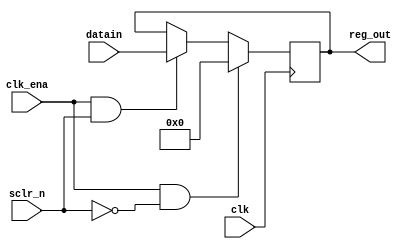
module reg16 (
     input clk,sclr_n,clk_ena,
     input[15:0] datain ,
     output reg [15:0]reg_out);

     always@(posedge clk)
       begin
         if (clk_ena==1 &sclr_n==0)
                reg_out=16'b0 ;
         else if (clk_ena==1 &sclr_n==1)
                reg_out=datain ;
         else 
                reg_out=reg_out;
       end
endmodule


module reg16_tb ();
     reg clk,sclr_n,clk_ena;
     reg[15:0] datain ;
     wire [15:0]reg_out;
reg16 dut(clk,sclr_n,clk_ena,datain,reg_out);
always
begin
clk=0;#50;
clk=1;#50;
end

initial 
begin
datain=125;
clk_ena=1 ;sclr_n=0; #100;
clk_ena=1 ;sclr_n=1; #100;
datain=250;
clk_ena=0 ;sclr_n=0; #100;
end
endmodule